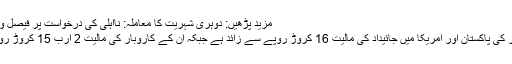
مزید پڑھیں: دوہری شہریت کا معاملہ: نااہلی کی درخواست پر فیصل واڈا سے جواب طلب
مزید یہ کہ ندیم بابر کی پاکستان اور امریکا میں جائیداد کی مالیت 16 کروڑ روپے سے زائد ہے جبکہ ان کے کاروبار کی مالیت 2 ارب 15 کروڑ روپے سے زیادہ ہے۔